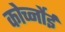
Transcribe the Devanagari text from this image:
कोर्च्नोई